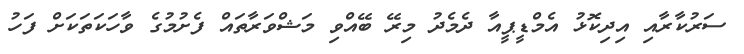
ސަރުކާރާއި އިދިކޮޅު އެމްޑީޕީއާ ދެމެދު މިރޭ ބޭއްވި މަޝްވަރާތައް ފެށުމުގެ ވާހަކަތަކަށް ފަހު